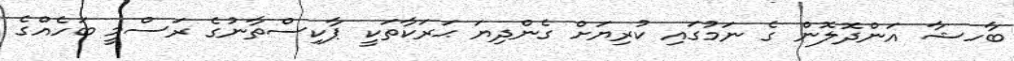
ބާހޝާ އަންދޮލޮން ގެ ނަމުގައި ކުރިޔަށް ގެންދިޔަ ޙަރަކާތަކީ ޕާކިސްތާނުގެ ރަސްމީ ބަހެއްގެ